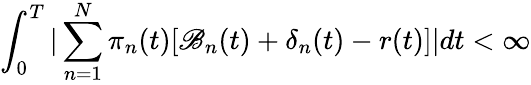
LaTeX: \int_{0}^{T}|\sum_{n=1}^{N}\pi_{n}(t)[\mathscr{B}_{n}(t)+\mathbf{{\delta}}_{n}(t)-r(t)]|dt<\infty